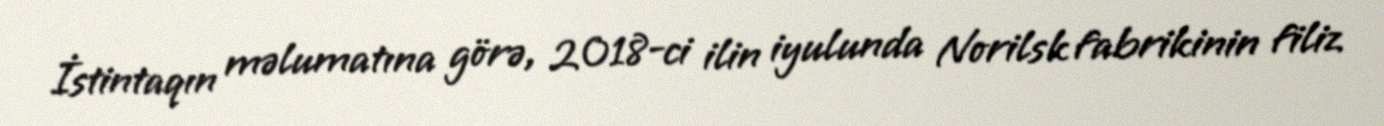
İstintaqın məlumatına görə, 2018-ci ilin iyulunda Norilsk fabrikinin filiz